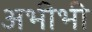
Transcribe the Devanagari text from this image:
अभीभी